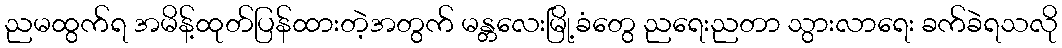
ညမထွက်ရ အမိန့်ထုတ်ပြန်ထားတဲ့အတွက် မန္တလေးမြို့ခံတွေ ညရေးညတာ သွားလာရေး ခက်ခဲရသလို